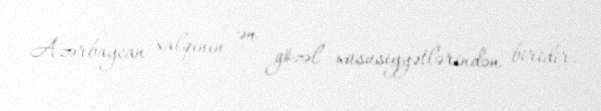
Azərbaycan xalqının ən gözəl xüsusiyyətlərindən biridir.